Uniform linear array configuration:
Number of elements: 8
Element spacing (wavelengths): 1
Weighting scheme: uniform
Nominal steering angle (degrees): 30
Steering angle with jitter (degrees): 31.978
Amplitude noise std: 0.05
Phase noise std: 0.05

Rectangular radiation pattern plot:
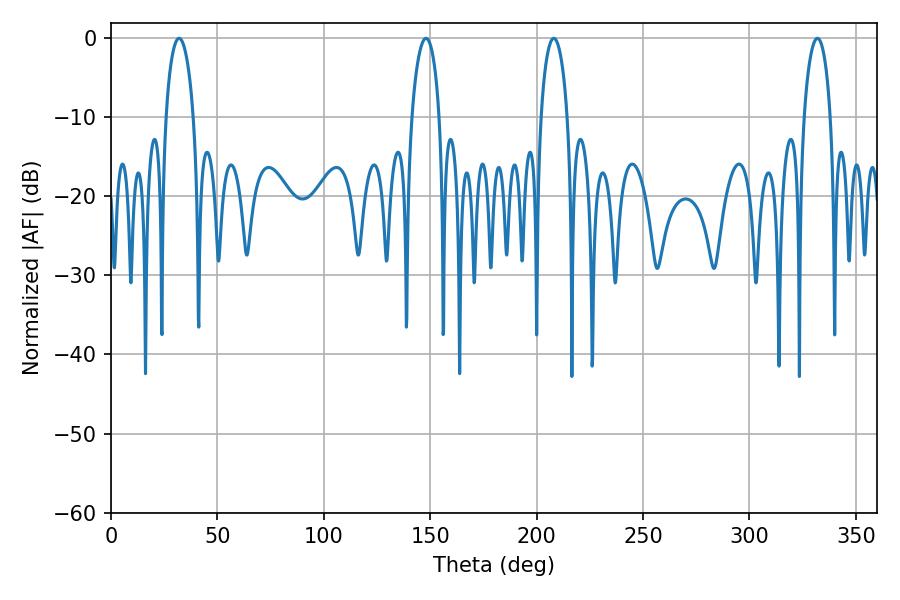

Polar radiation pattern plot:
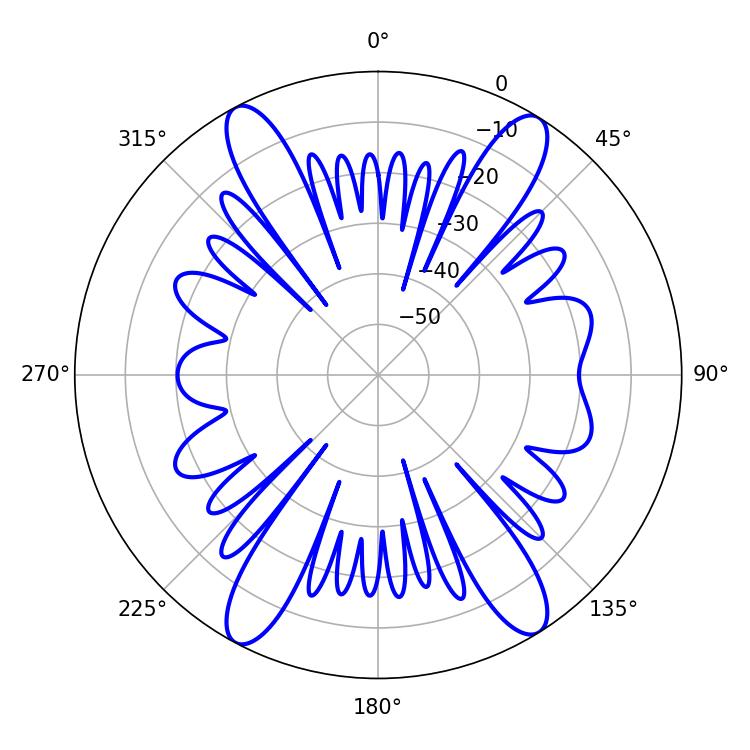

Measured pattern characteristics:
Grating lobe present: TRUE
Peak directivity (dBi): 18.892
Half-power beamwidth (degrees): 7.2
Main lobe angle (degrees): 208.08